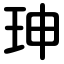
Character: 珅